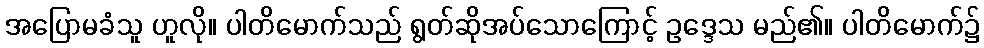
အပြောမခံသူ ဟူလို။ ပါတိမောက်သည် ရွတ်ဆိုအပ်သောကြောင့် ဥဒ္ဒေသ မည်၏။ ပါတိမောက်၌